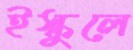
ইস্কুলে